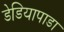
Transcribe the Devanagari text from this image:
डेडियापाडा